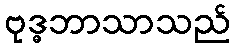
ဗုဒ္ဓဘာသာသည်